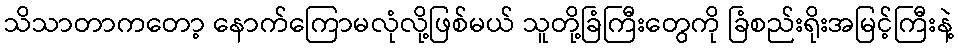
သိသာတာကတော့ နောက်ကြောမလုံလို့ဖြစ်မယ် သူတို့ခြံကြီးတွေကို ခြံစည်းရိုးအမြင့်ကြီးနဲ့